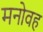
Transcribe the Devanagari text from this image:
मनोवह